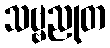
သဗ္ဗညုတ